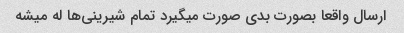
ارسال واقعا بصورت بدی صورت میگیرد تمام شیرینی‌ها له میشه